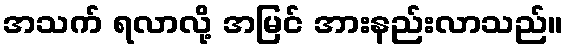
အသက် ရလာလို့ အမြင် အားနည်းလာသည်။